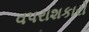
વપરાશકારો